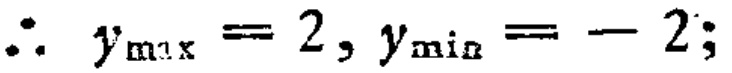
\(\therefore y_{\max}=2,y_{\min}=-2;\)